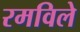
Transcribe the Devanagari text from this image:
रमविले